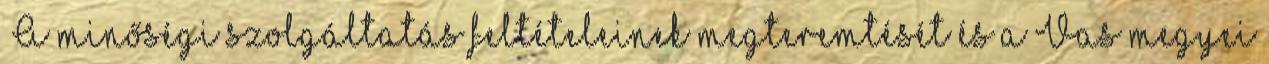
„A minőségi szolgáltatás feltételeinek megteremtését és a Vas megyei